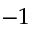
- 1